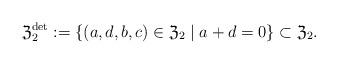
LaTeX: \begin{align*} \mathfrak{Z}_2^{\det} := \{(a,d,b,c) \in \mathfrak{Z}_2 \mid a + d = 0\} \subset \mathfrak{Z}_2. \end{align*}